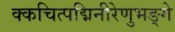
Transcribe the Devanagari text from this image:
क्कचित्पद्मिनीरेणुभङ्गे